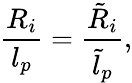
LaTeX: \frac{R_{i}}{l_{p}}=\frac{\tilde{R}_{i}}{\tilde{l}_{p}},